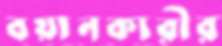
বয়ানকারীর